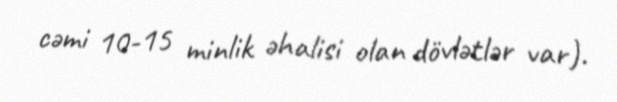
cəmi 10-15 minlik əhalisi olan dövlətlər var).